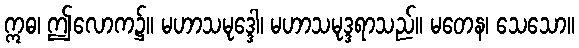
ဣဓ၊ ဤလောက၌။ မဟာသမုဒ္ဒေါ၊ မဟာသမုဒ္ဒရာသည်။ မတေန၊ သေသော။